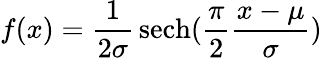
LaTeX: f(x)={\frac{1}{2\sigma}}\operatorname{sech}({\frac{\pi}{2}}{\frac{x-\mu}{\sigma}})